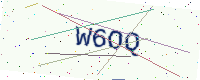
Text: W6OQ